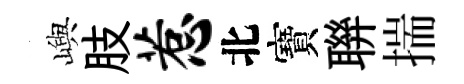
嶼肢惹北寶聨揣